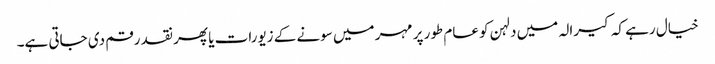
خیال رہے کہ کیرالہ میں دلہن کو عام طور پر مہر میں سونے کے زیورات یا پھر نقد رقم دی جاتی ہے۔